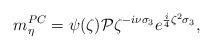
LaTeX: \begin{align*} m^{PC}_{\eta}=\mathcal{\psi}(\zeta)\mathcal{P}\zeta^{-i\nu\sigma_3}e^{\frac{i}{4}\zeta^2\sigma_3}, \end{align*}